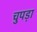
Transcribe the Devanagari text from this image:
चुपड़ा